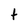
Character: t